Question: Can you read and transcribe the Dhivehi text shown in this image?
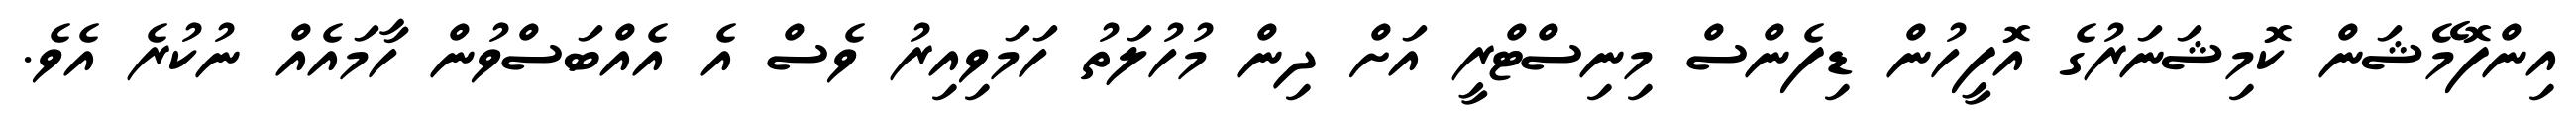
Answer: އިންފޮމޭޝަން ކޮމިޝަނަރުގެ އޮފީހުން ޑިފެންސް މިނިސްޓްރީ އަށް ދިން މުހުލަތު ހަމަވިއިރު ވެސް އެ އެއްބަސްވުން ހާމައެއް ނުކުރެ އެވެ.